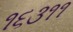
૧૬૩૧૧